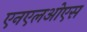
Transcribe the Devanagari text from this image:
एनएलओएस